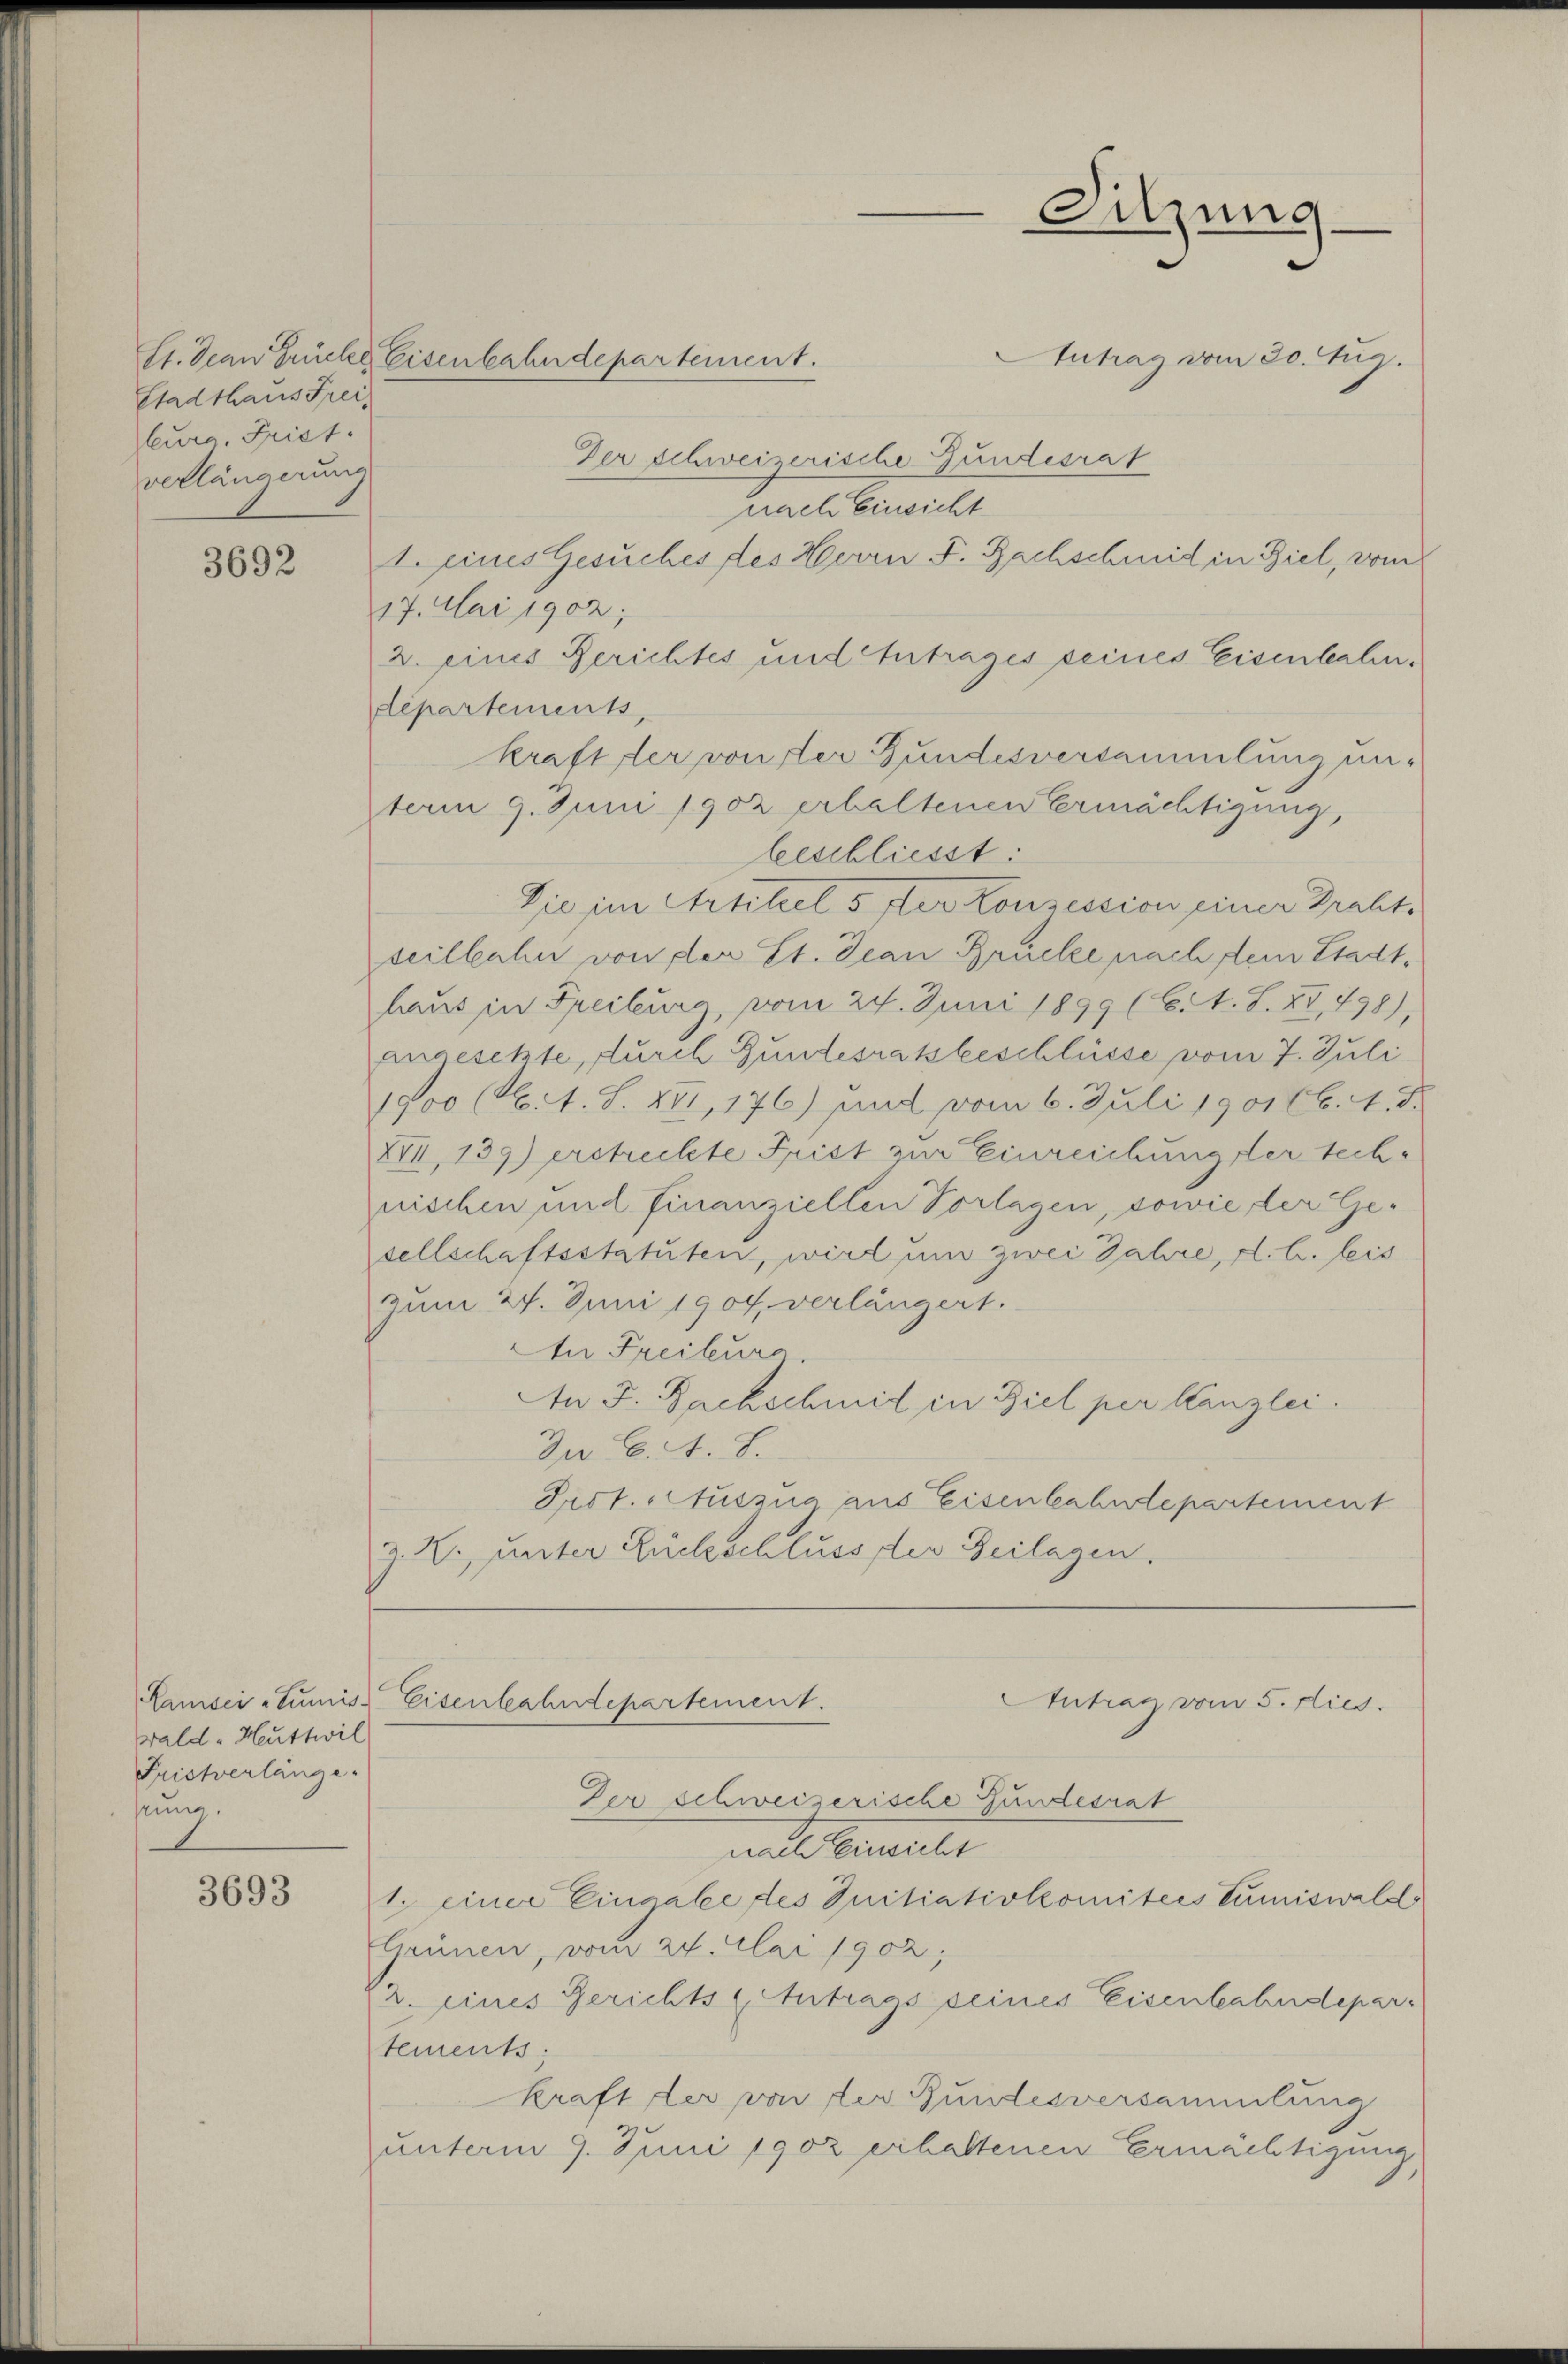
Stadthaus Freiburg, Frist.
verlängerung

3692

wald - Heuttwil
Fristverlänge.
prung.

3693

utrag vom 30. Aug.
Der schweizerische Gundesrat
nach Einsicht
1. eines Gesuches des Herrn F. Bachschmid in Ziel, vom
17. Mai 1902;
2. eines Berichtes und Antrages seines Eisenbahndepartements,
kraft der von der Gundesversammlung unterm 9. Juni 1902 erhaltenen Ermächtigung,
beschliesst:
Die im Artikel 5 der Konzession einer Graht,
seilbahn von der St. Jean Brücke nach sein Stadthaus in Freiburg, vom 24. Juni 1899 (C. A. S. XV, 498),
angesetzte, durch Gundesratsbeschlüsse vom 7. Juli
1900 (lit. S. 241, 176) und vom 6. Juli 1901 (6. 1. d.
XVII, 139) erstreckte Frist zur Einreichung der technischen und Finanziellen Vorlagen, sowie der Ge-
sellschaftsstatuten, wird und zwei Jahre, d. h. leis
zum 27. Juni 1904, verlängert.
An Freiburg.
An F. Backschmid in Ziel per Kanzlei.
Dn C. A. S.
Prof. Auszug aus Eisenbahndepartement
Z. Z. unter Rückschluss des Beilagen.

Et. Jean Früche Eisenbahndepartement.

Sitzung

Der schweizerische Gundesrat
nach Einsicht
1. einer Eingabe des Initiativkomitees Tumiswald
Grünen, vom 24. Mai 1902;
2. eines Gerichts-Antrags seines Eisenbahndepar-
tements:
kraft der von der Bundesversammlung
unterm 9. Juni 1902 erhaltenen Ermächtigung,

Ramsei-Tumis Eisenbahndepartement.
Antrag vom 5. Nies